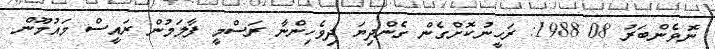
ނޮވެންބަރު 08 1988: ރަހީނުކޮށްގެން ގެންދިޔަ ދިވެހިންނާ ރަސްމީ ފާލަމުން ރައީސް މައުމޫން